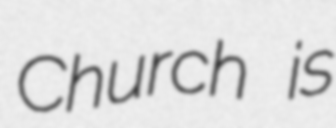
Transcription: Church is